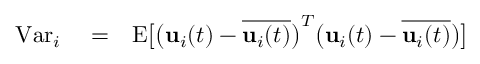
\begin{array} { r l r } { \mathrm { V a r } _ { i } } & { { } = } & { \mathrm { E } \big [ \big ( { \bf { u } } _ { i } ( t ) - \overline { { { \bf { u } } _ { i } ( t ) } } \big ) ^ { T } \big ( { \bf { u } } _ { i } ( t ) - \overline { { { \bf { u } } _ { i } ( t ) } } \big ) \big ] } \end{array}